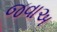
જવાઅ